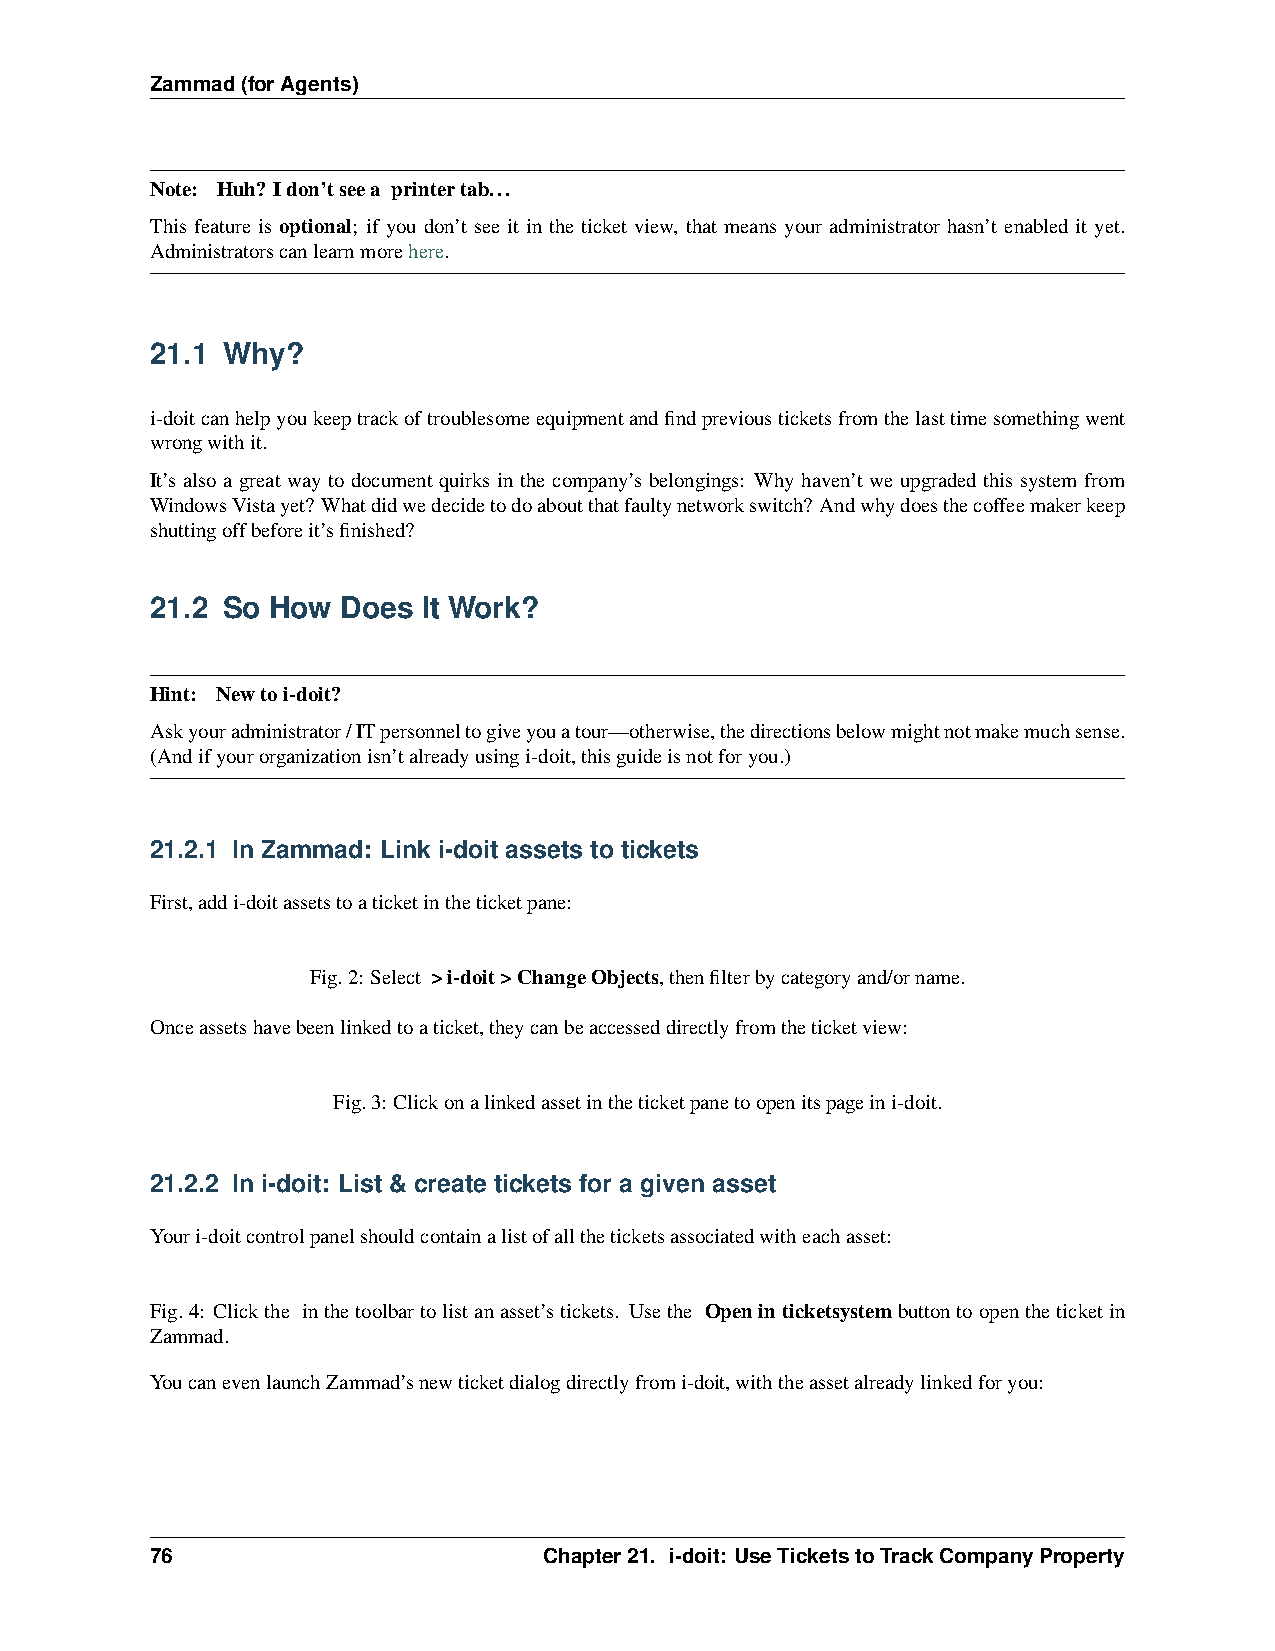
Zammad(forAgents)
 Note: Huh? Idon’tseea printertab...
 This feature is optional; if you don’t see it in the ticket view, that means your administrator hasn’t enabled it yet.
 Administratorscanlearnmorehere.
 21.1 Why?
 i-doitcanhelpyoukeeptrackoftroublesomeequipmentandfindpreviousticketsfromthelasttimesomethingwent
 wrongwithit.
 It’s also a great way to document quirks in the company’s belongings: Why haven’t we upgraded this system from
 WindowsVistayet? Whatdidwedecidetodoaboutthatfaultynetworkswitch? Andwhydoesthecoffeemakerkeep
 shuttingoffbeforeit’sfinished?
 21.2 So How  Does It Work?
 Hint: Newtoi-doit?
 Askyouradministrator/ITpersonneltogiveyouatour—otherwise,thedirectionsbelowmightnotmakemuchsense.
 (Andifyourorganizationisn’talreadyusingi-doit,thisguideisnotforyou.)
 21.2.1 In Zammad: Link i-doit assets to tickets
 First,addi-doitassetstoaticketintheticketpane:
 Fig.2: Select >i-doit>ChangeObjects,thenfilterbycategoryand/orname.
 Onceassetshavebeenlinkedtoaticket,theycanbeaccesseddirectlyfromtheticketview:
 Fig.3: Clickonalinkedassetintheticketpanetoopenitspageini-doit.
 21.2.2 In i-doit: List & create tickets for a given asset
 Youri-doitcontrolpanelshouldcontainalistofalltheticketsassociatedwitheachasset:
 Fig.4: Clickthe inthetoolbartolistanasset’stickets. Usethe Openinticketsystembuttontoopentheticketin
 Zammad.
 YoucanevenlaunchZammad’snewticketdialogdirectlyfromi-doit,withtheassetalreadylinkedforyou:
 76                        Chapter21. i-doit: UseTicketstoTrackCompanyProperty